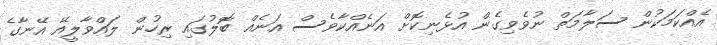
އެއްކަމަކުން ސަލާމަތް ނުވެވިގެން އުޅެނިކޮށް އަނެއްކާވެސް އަނެއް ބޮލުގައި ރިހުން ލައްވާލީއޭ އޭނާގެ